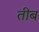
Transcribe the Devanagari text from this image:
तीब